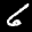
Label: 6